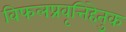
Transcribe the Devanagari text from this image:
विफलप्रवृत्तिहेतुक